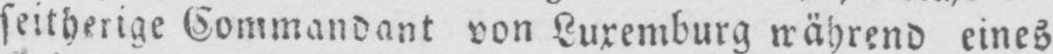
seitherige Commandant von Luxemburg während eines